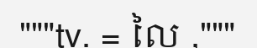
"""tv. = លៃ ,"""